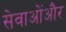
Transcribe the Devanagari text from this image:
सेवाओंऔर